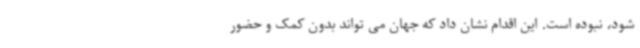
شود، نبوده است. این اقدام نشان داد که جهان می تواند بدون کمک و حضور